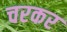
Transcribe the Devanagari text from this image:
चरकर